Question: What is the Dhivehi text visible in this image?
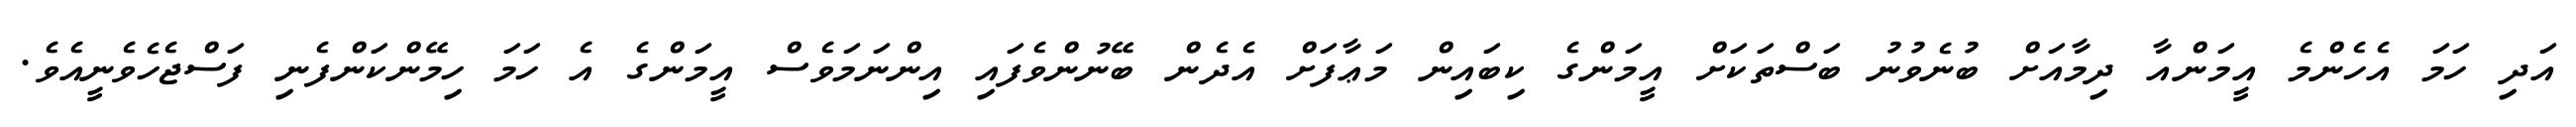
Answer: އަދި ހަމަ އެހެންމެ އީމަންއާ ދިމާއަށް ބުނެވުނު ބަސްތަކަށް އީމަންގެ ކިބައިން މަޢާފަށް އެދެން ބޭނުންވެފައި އިންނަމަވެސް އީމަންގެ އެ ހަމަ ހިމޭންކަންފެނި ފަސްޖެހެވެނީއެވެ.